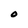
Character: 0